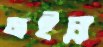
মইন্না